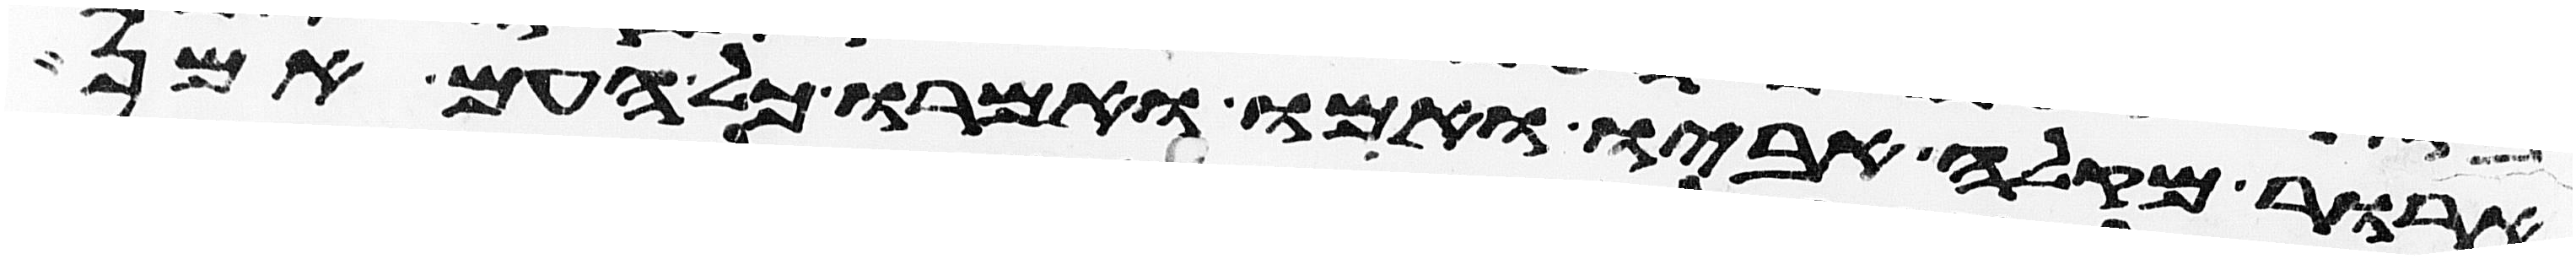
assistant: ארור מקלה אביו ואמו ואמרו כל העם אמן